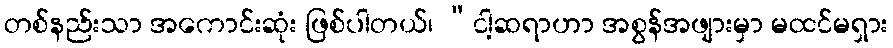
တစ်နည်းသာ အကောင်းဆုံး ဖြစ်ပါတယ်၊ “ငါ့ဆရာဟာ အစွန်အဖျားမှာ မထင်မရှား